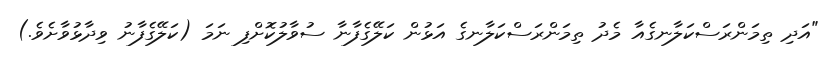
"އަދި ތިމަންރަސްކަލާނގެއާ މެދު ތިމަންރަސްކަލާނގެ އަޅުން ކަލޭގެފާނާ ސުވާލުކޮށްފި ނަމަ (ކަލޭގެފާނު ވިދާޅުވާށެވެ.)